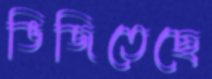
ভিজিতেছে